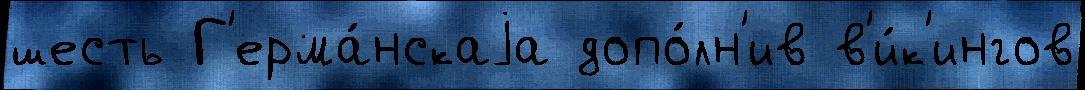
шесть Г'ерма́нскаjа допо́лн'ив в'и́к'ингов